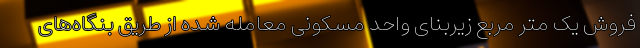
فروش یک متر مربع زیربنای واحد مسکونی معامله شده از طریق بنگاه‌های